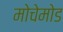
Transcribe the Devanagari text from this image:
मोचेमोड